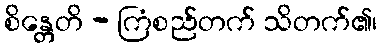
စိန္တေတိ - ကြံစည်တက် သိတက်၏၊